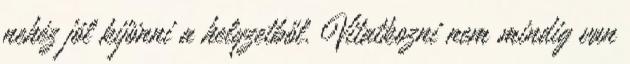
nehéz jól kijönni a helyzetből. Vitatkozni nem mindig van